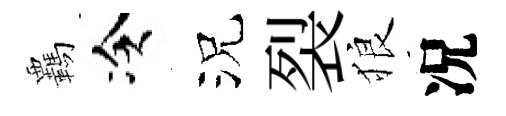
覊冷況裂狼况